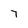
Character: 7